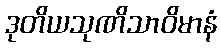
ဒုတိယသုဏိသာဝိမာနံ